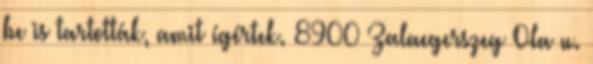
be is tartották, amit ígértek. 8900 Zalaegerszeg Ola u.